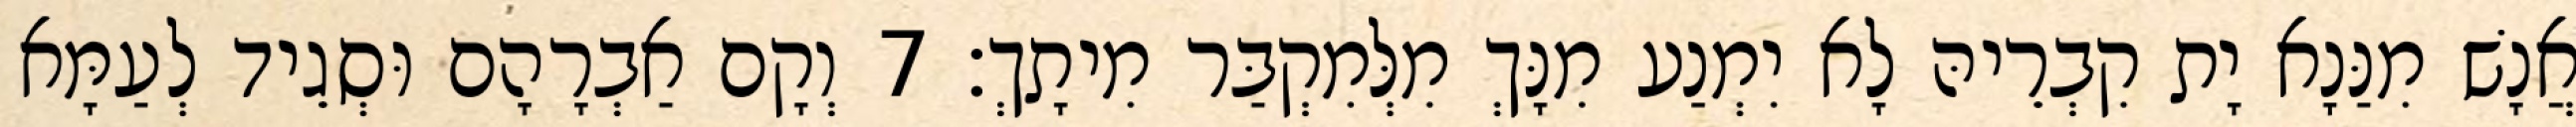
אֲנָשׁ מִנַּנָא יָת קִבְרֵיהּ לָא יִמְנַע מִנָּךְ מִלְּמִקְבַּר מִיתָךְ׃ 7 וְקָם אַבְרָהָם וּסְגֵיד לְעַמָּא